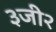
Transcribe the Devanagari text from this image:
३जी२